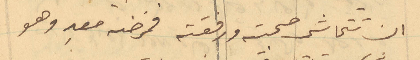
ان تتحاشى صحبته ورفقته فمرضه معدِ وهو